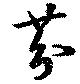
芬